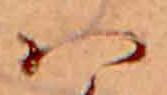
ハ